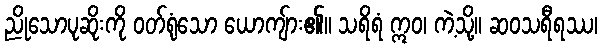
ညိုသောပုဆိုးကို ဝတ်ရုံသော ယောကျ်ား၏။ သရိရံ ဣဝ၊ ကဲ့သို့။ ဆဝသရီရဿ၊